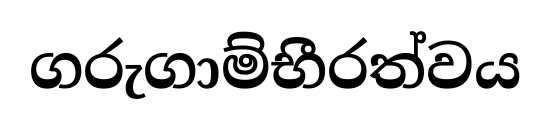
ගරුගාම්භීරත්වය